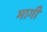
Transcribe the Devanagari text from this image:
मागीँ